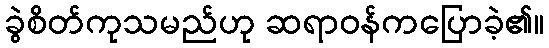
ခွဲစိတ်ကုသမည်ဟု ဆရာဝန်ကပြောခဲ့၏။